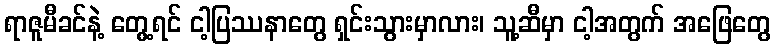
ရာဇူမီခင်နဲ့ တွေ့ရင် ငါ့ပြဿနာတွေ ရှင်းသွားမှာလား၊ သူ့ဆီမှာ ငါ့အတွက် အဖြေတွေ